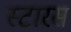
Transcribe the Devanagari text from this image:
स्टारस